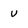
Character: v